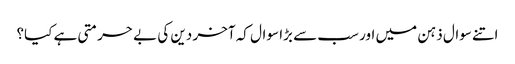
اتنے سوال ذہن میں اور سب سے بڑا سوال کہ آخر دین کی بے حرمتی ہے کیا؟